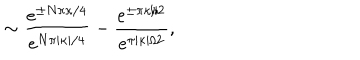
\sim \frac { e ^ { \pm N \pi \kappa / 4 } } { e ^ { N \pi | \kappa | / 4 } } - \frac { e ^ { \pm \pi \kappa / 2 } } { e ^ { \pi | \kappa | / 2 } } ,